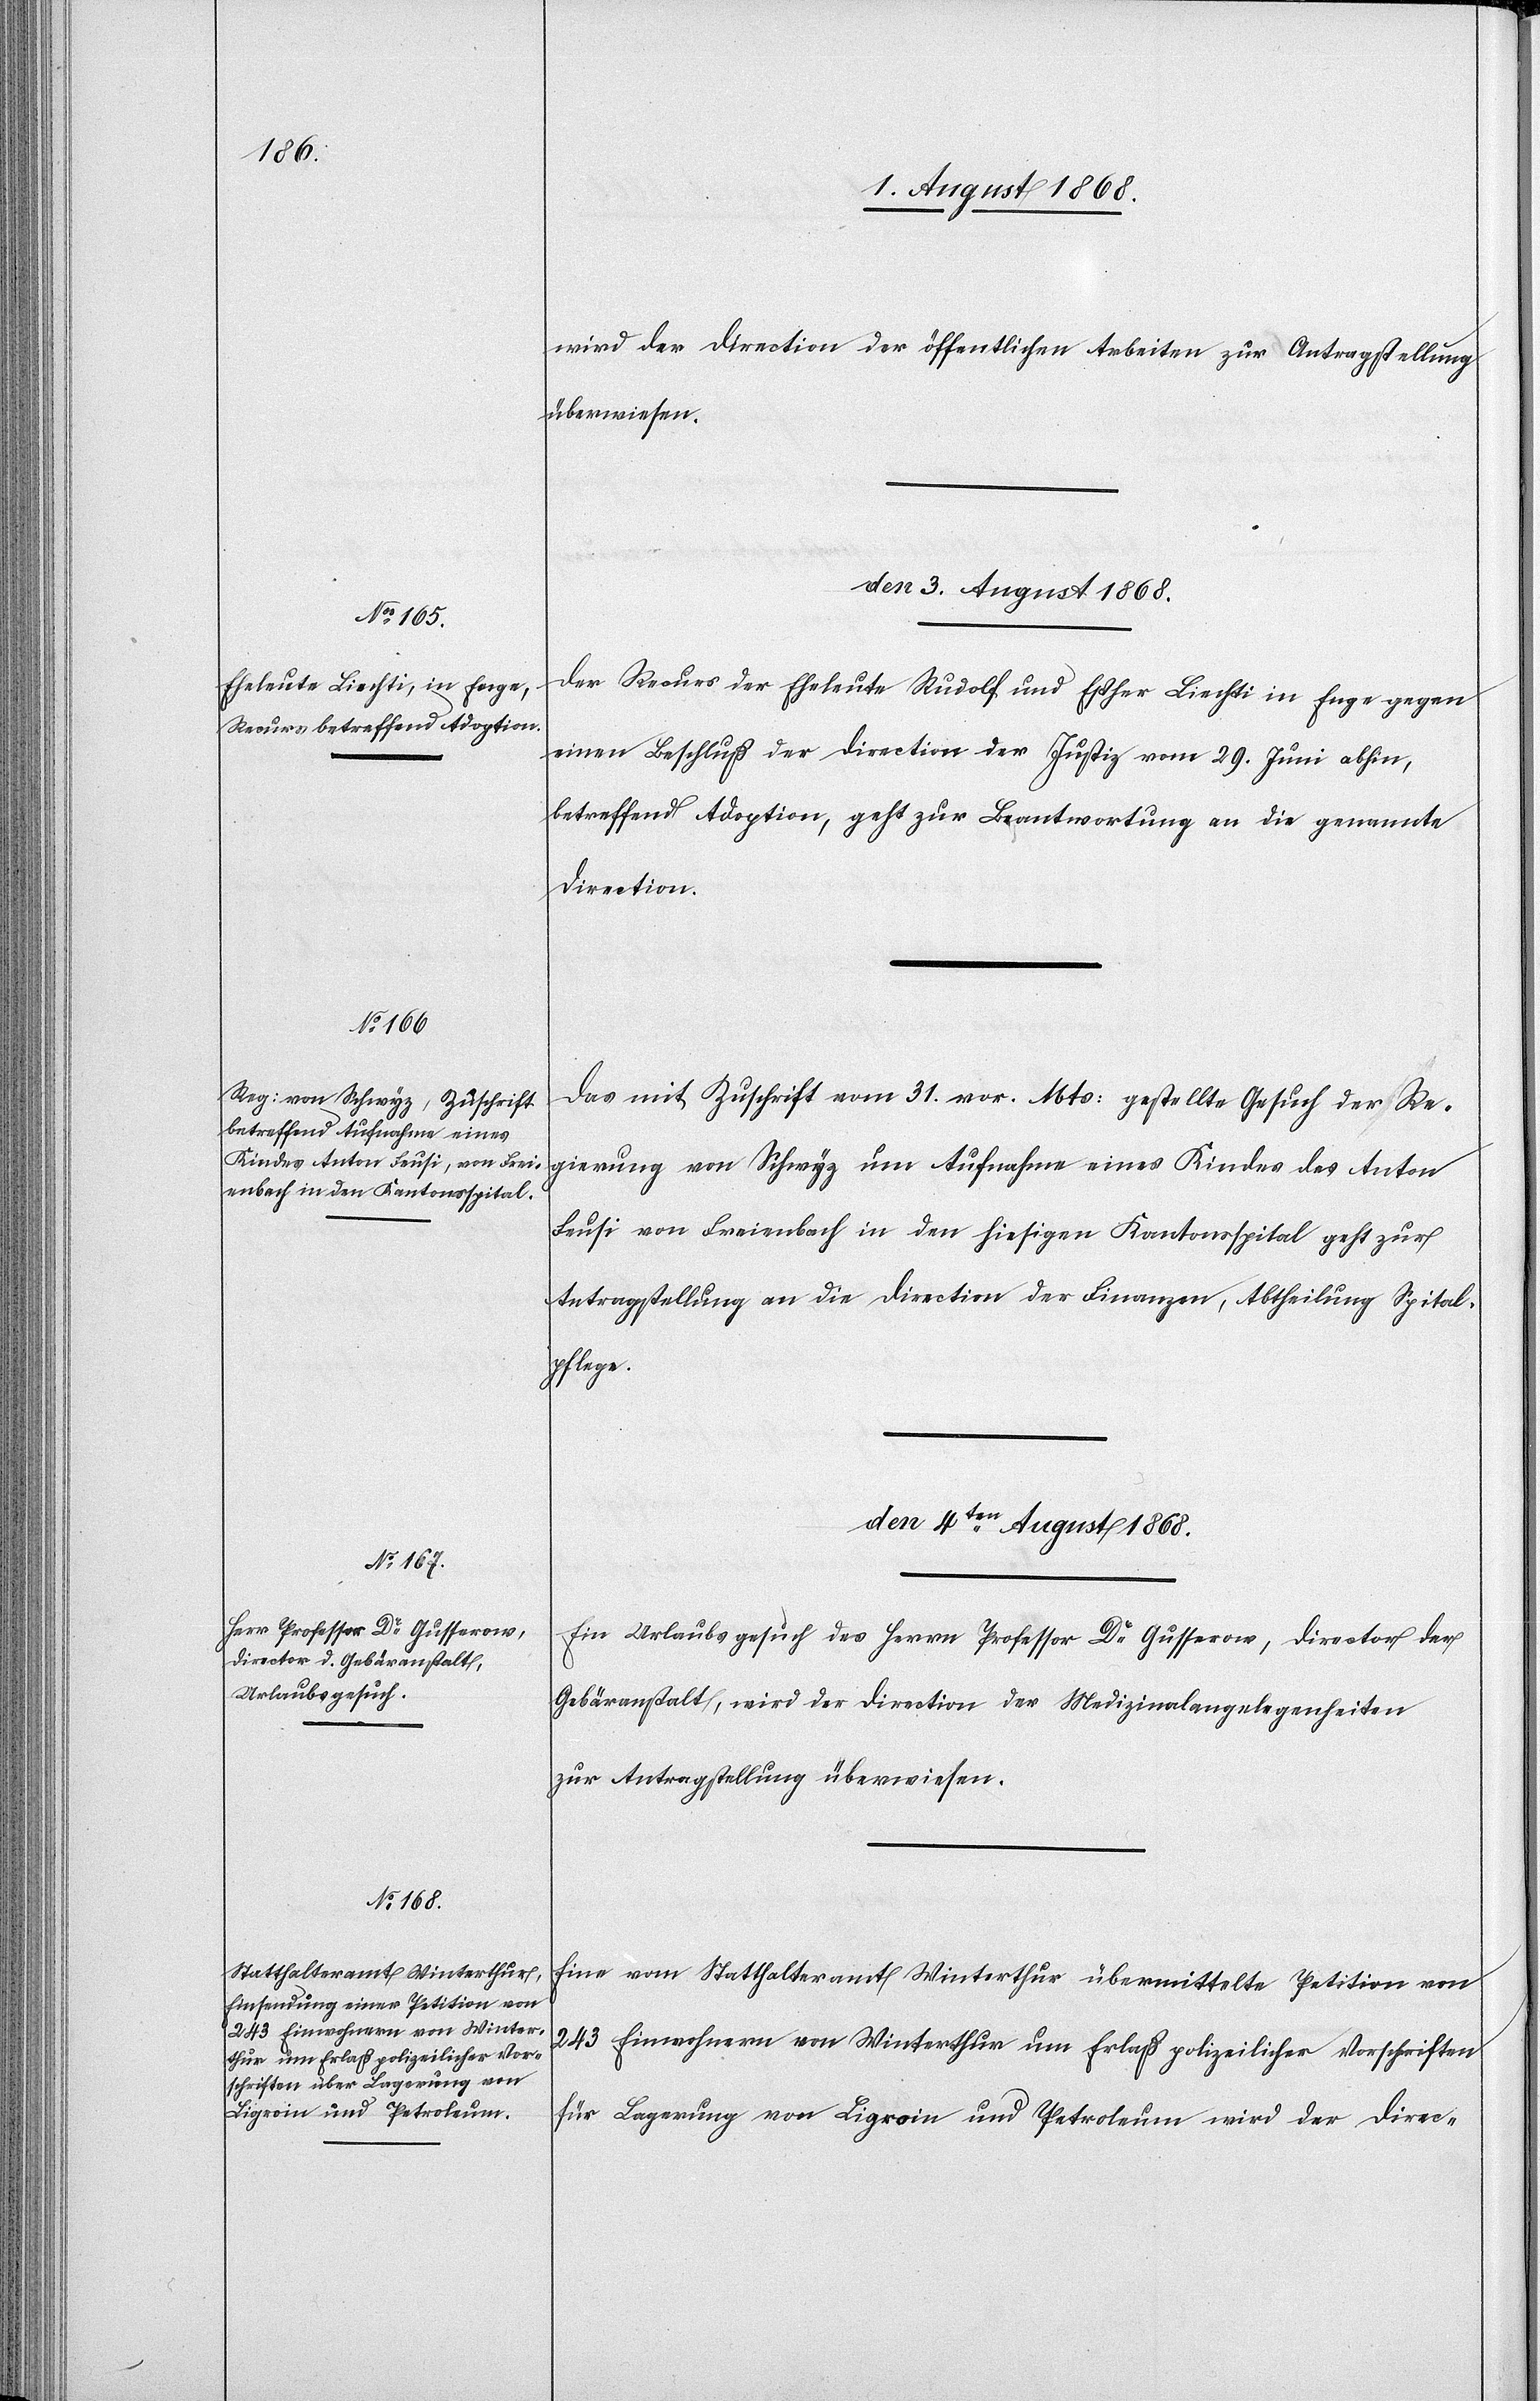
[sic!] der Direction der öffentlichen Arbeiten zur Antragstellung
überwiesen.
den 3. August 1868.]
Der Recurs der Eheleute Rudolf und Esther Liechti in Enge gegen
einen Beschluß der Direction der Justiz vom 29. Juni abhin,
betreffend Adoption, geht zur Beantwortung an die genannte
Direction.
Das mit Zuschrift vom 31. vor. Mts: gestellte Gesuch der Re¬
gierung von Schwyz um Aufnahme eines Kindes des Anton
Feusi von Freienbach in den hiesigen Kantonsspital geht zur
Antragstellung an die Direction der Finanzen, Abtheilung Spital¬
pflege.
den 4ten August 1868.]
Ein Urlaubsgesuch des Herrn Professor Dr Gusserow, Director der
Gebäranstalt, wird der Direction der Medizinalangelegenheiten
zur Antragstellung überwiesen.
Eine vom Statthalteramt Winterthur übermittelte Petition von
243 Einwohnern von Winterthur um Erlaß polizeilicher Vorschriften
für Lagerung von Ligroin und Petroleum wird der Direc-